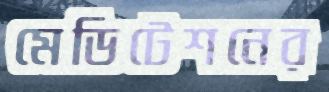
মেডিটেশনের